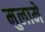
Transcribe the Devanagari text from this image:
मुलामे